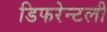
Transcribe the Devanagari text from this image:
डिफरेन्टली